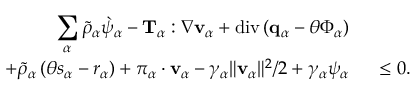
\begin{array} { r l } { \displaystyle \sum _ { \alpha } \tilde { \rho } _ { \alpha } \grave { \psi } _ { \alpha } - \mathbf { T } _ { \alpha } : \nabla \mathbf { v } _ { \alpha } + \mathrm { d i v } \left( \mathbf { q } _ { \alpha } - \theta \boldsymbol { \Phi } _ { \alpha } \right) } & { { } } \\ { + \tilde { \rho } _ { \alpha } \left( \theta s _ { \alpha } - r _ { \alpha } \right) + \boldsymbol { \pi } _ { \alpha } \cdot \mathbf { v } _ { \alpha } - \gamma _ { \alpha } \| \mathbf { v } _ { \alpha } \| ^ { 2 } / 2 + \gamma _ { \alpha } \psi _ { \alpha } } & { { } ~ \leq 0 . } \end{array}